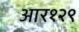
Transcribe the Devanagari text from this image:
आर१२९